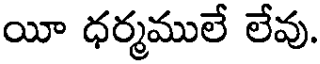
యీ ధర్మములే లేవు.